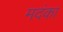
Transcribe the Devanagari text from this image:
मदंका